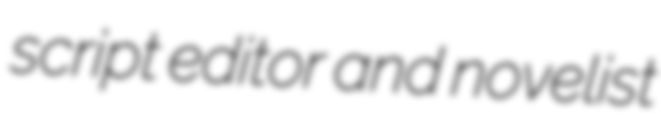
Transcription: script editor and novelist